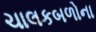
ચાલકબળોના